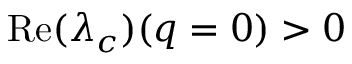
\mathrm { R e } ( \lambda _ { c } ) ( q = 0 ) > 0